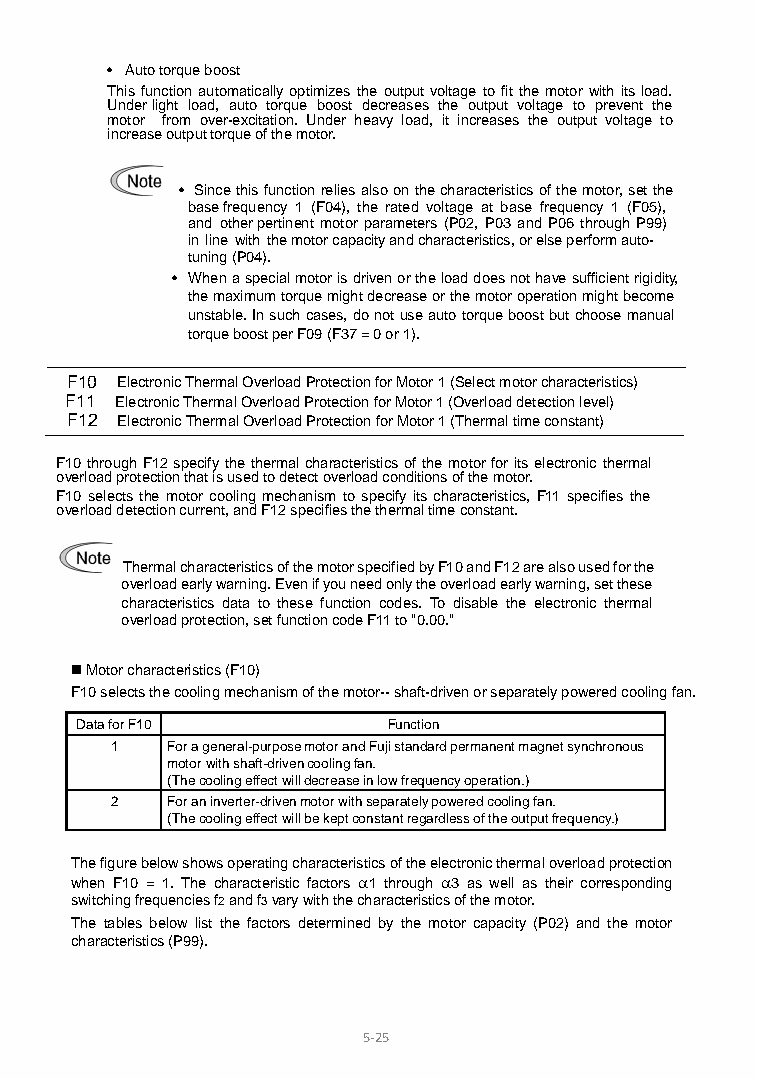
• Auto torque boost
 This function automatically optimizes the output voltage to fit the motor with its load.
 Under light load, auto torque boost decreases the output voltage to prevent the
 motor from over-excitation. Under heavy load, it increases the output voltage to
 increase output torque of the motor.
 • Since this function relies also on the characteristics of the motor, set the
 base frequency 1 (F04), the rated voltage at base frequency 1 (F05),
 and other pertinent motor parameters (P02, P03 and P06 through P99)
 in line with the motor capacity and characteristics, or else perform auto-
 tuning (P04).
 • When a special motor is driven or the load does not have sufficient rigidity,
 the maximum torque might decrease or the motor operation might become
 unstable. In such cases, do not use auto torque boost but choose manual
 torque boost per F09 (F37 = 0 or 1).
 F10 Electronic Thermal Overload Protection for Motor 1 (Select motor characteristics)
 F11 Electronic Thermal Overload Protection for Motor 1 (Overload detection level)
 F12 Electronic Thermal Overload Protection for Motor 1 (Thermal time constant)
 F10 through F12 specify the thermal characteristics of the motor for its electronic thermal
 overload protection that is used to detect overload conditions of the motor.
 F10 selects the motor cooling mechanism to specify its characteristics, F11 specifies the
 overload detection current, and F12 specifies the thermal time constant.
 Thermal characteristics of the motor specified by F10 and F12 are also used for the
 overload early warning. Even if you need only the overload early warning, set these
 characteristics data to these function codes. To disable the electronic thermal
 overload protection, set function code F11 to "0.00."
  Motor characteristics (F10)
 F10 selects the cooling mechanism of the motor-- shaft-driven or separately powered cooling fan.
 Data for F10         Function
 1   For a general-purpose motor and Fuji standard permanent magnet synchronous
 motor with shaft-driven cooling fan.
 (The cooling effect will decrease in low frequency operation.)
 2   For an inverter-driven motor with separately powered cooling fan.
 (The cooling effect will be kept constant regardless of the output frequency.)
 The figure below shows operating characteristics of the electronic thermal overload protection
 when F10 = 1. The characteristic factors α1 through α3 as well as their corresponding
 switching frequencies f2 and f3 vary with the characteristics of the motor.
 The tables below list the factors determined by the motor capacity (P02) and the motor
 characteristics (P99).
 5 -25